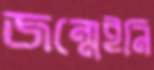
জন্মেইনি